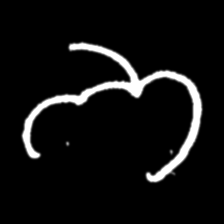
Pyu character \u2014 Myanmar letter: ဘ (romanized: bha)